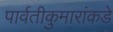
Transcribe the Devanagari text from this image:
पार्वतीकुमारांकडे